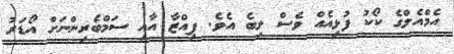
އެމްއެލްގެ ކޯކު ފުޅިއެއް ވެސް ލިބެ އެވެ. ޕިއްޒާ އާއި ސަމްބެރިންނަށް އޯޑަރު